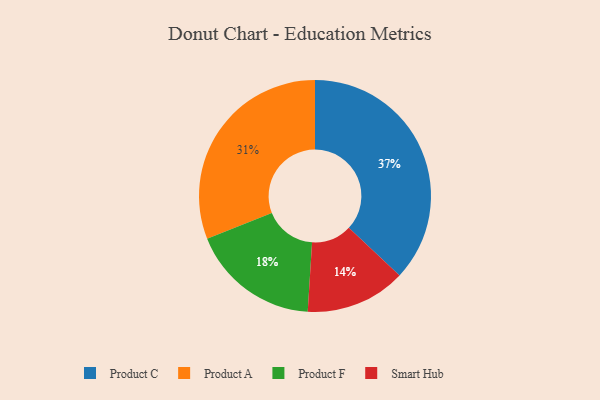
{"axis": {"x": "Category", "y": "Percentage"}, "legend": ["Product A", "Product C", "Product F", "Smart Hub"], "data": [{"x": "Smart Hub", "y": 14, "type": "Smart Hub"}, {"x": "Product C", "y": 37, "type": "Product C"}, {"x": "Product F", "y": 18, "type": "Product F"}, {"x": "Product A", "y": 31, "type": "Product A"}]}